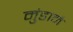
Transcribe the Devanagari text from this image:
मुंडाने